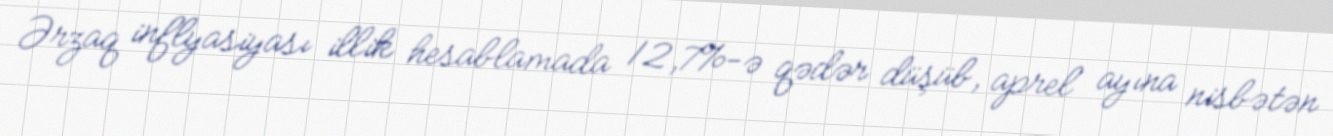
Ərzaq inflyasiyası illik hesablamada 12,7%-ə qədər düşüb, aprel ayına nisbətən